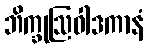
ဘိက္ခုဩဝါဒကာနံ